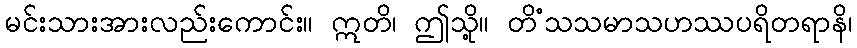
မင်းသားအားလည်းကောင်း။ ဣတိ၊ ဤသို့။ တိံသသမာသဟဿပရိတရာနိ၊